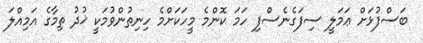
ބަސްފުޅަށް ޢަމަލީ ސިފަގެނެސްފި ހަމަ ކޮންމެ މީހަކަށްމެ ހިނިތުންވުމަކީ ޚުދު ތިމާގެ އަމިއްލަ